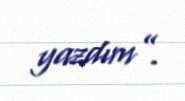
yazdım”.